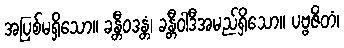
အပြစ်မရှိသော။ ခန္တီဝဒန္တံ၊ ခန္တီဝါဒီအမည်ရှိသော။ ပဗ္ဗဇိတံ၊